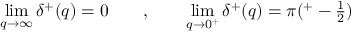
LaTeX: \operatorname * { l i m } _ { q \rightarrow \infty } \delta ^ { + } ( q ) = 0 \qquad , \qquad \operatorname * { l i m } _ { q \rightarrow 0 ^ { + } } \delta ^ { + } ( q ) = \pi ( \l ^ { + } - \textstyle \frac { 1 } { 2 } )